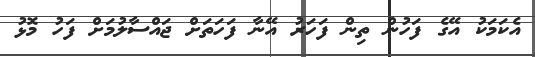
އެކަމަކު އޭގެ ފަހުން ތިން ފަހަރު އޭނާ ފަހަތަށް ޖައްސާލުމަށް ފަހު މޮޅު